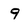
Character: 9